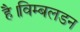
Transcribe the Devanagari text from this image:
है।विम्बलडन